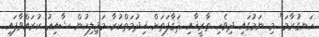
ހަނގުރާމަ" މި ނަމުގައި ދިވެހި ތާރީޚާއި ޘަޤާފަތަށް ޚިދުމަތްކުރާ މަޖިލިހުން ޝާއިޢު ކުރައްވާފައި